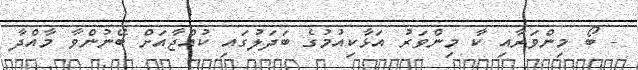
- ބޯ މިންވަރާއި ކާ މިންވަރު އަޅާކިއުމުގެ ބަދަލުގައި ކުއްޖާއަށް ބޭނުންވާ މާއްދާ